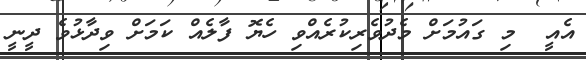
އެއީ  މި ގައުމަށް މެދުވެރިކުރެއްވި ހެޔޮ ފާލެއް ކަމަށް ވިދާޅުވެ ދީނީ